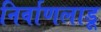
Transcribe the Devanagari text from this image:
निर्वाणलाडू